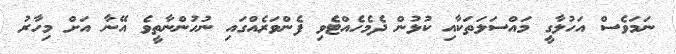
ނަމަވެސް އަހުލާގީ މައްސަލަތަކާއި ކުޅުން ދެމެހެއްޓެވި ފެންވަރެއްގައި ނުހުންނާތީވެ އޭނާ އަށް މިހާރު